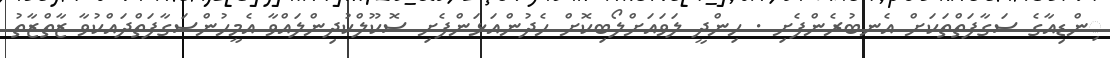
ިންޑިއާގެ ސަގާފަތްތަކަށް އެނބުރެންފެށި . ހިންދީ ލަވައަށްލޯބިކޮށް ހެދުންއަޅަންފެށި ސޮކޫލްކުދިންލައްވާ އެމީހުންސަގާފަތްދައްކުވާ ޒާތްޒާތު